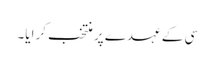
سی کے عہدے پر منتخب کرایا۔